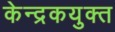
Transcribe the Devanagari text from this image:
केन्द्रकयुक्त